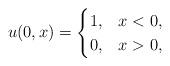
LaTeX: \begin{align*} u(0,x) = \begin{cases} 1, & x<0 ,\\ 0, & x>0,\end{cases} \end{align*}